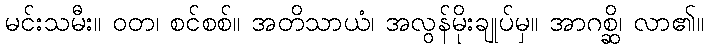
မင်းသမီး။ ဝတ၊ စင်စစ်။ အတိသာယံ၊ အလွန်မိုးချုပ်မှ။ အာဂစ္ဆိ၊ လာ၏။